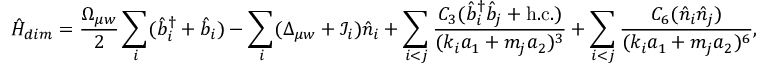
\hat { H } _ { d i m } = \frac { \Omega _ { \mu w } } { 2 } \sum _ { i } ( \hat { b } _ { i } ^ { \dagger } + \hat { b } _ { i } ) - \sum _ { i } ( \Delta _ { \mu w } + \mathcal { I } _ { i } ) \hat { n } _ { i } + \sum _ { i < j } \frac { C _ { 3 } ( \hat { b } _ { i } ^ { \dagger } \hat { b } _ { j } + \mathrm { h . c . } ) } { ( k _ { i } a _ { 1 } + m _ { j } a _ { 2 } ) ^ { 3 } } + \sum _ { i < j } \frac { C _ { 6 } ( \hat { n } _ { i } \hat { n } _ { j } ) } { ( k _ { i } a _ { 1 } + m _ { j } a _ { 2 } ) ^ { 6 } } ,